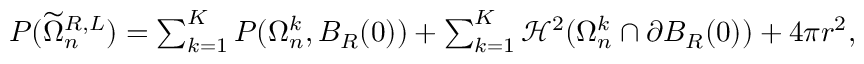
\begin{array} { r } { P ( \widetilde \Omega _ { n } ^ { R , L } ) = \sum _ { k = 1 } ^ { K } P ( \Omega _ { n } ^ { k } , B _ { R } ( 0 ) ) + \sum _ { k = 1 } ^ { K } \mathcal H ^ { 2 } ( \Omega _ { n } ^ { k } \cap \partial B _ { R } ( 0 ) ) + 4 \pi r ^ { 2 } , } \end{array}